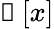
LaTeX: \boldsymbol{\mathscr{g}}\left[\mathcal{x}\right]